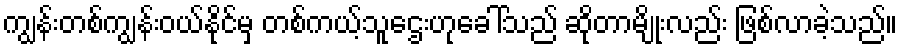
ကျွန်းတစ်ကျွန်းဝယ်နိုင်မှ တစ်ကယ့်သူဌေးဟုခေါ်သည် ဆိုတာမျိုးလည်း ဖြစ်လာခဲ့သည်။